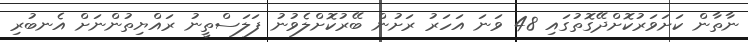
ނާތާން ކަށަވަރުކޮށްދޭގޮތުގައި 48 ވަނަ އަހަރު ރަށުން ބޭރުކޮށްލެވުނު ފަލަސްތީނު ރައްޔިތުންނަށް އެނބުރި